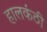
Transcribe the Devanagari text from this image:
हालकंठी